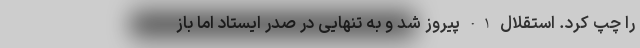
را چپ کرد. استقلال 1-0 پیروز شد و به تنهایی در صدر ایستاد اما باز